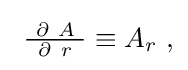
{\textstyle \ {\frac {\ \partial \ A\ }{\partial \ r}}\equiv A_{r}\ ,}